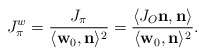
\begin{align*}J^w_{\pi}=\frac{J_{\pi}}{\langle\textbf{w}_0,\textbf{n}\rangle^2}=\frac{\langle J_O\textbf{n},\textbf{n}\rangle}{\langle\textbf{w}_0,\textbf{n}\rangle^2}.\end{align*}